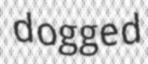
dogged